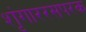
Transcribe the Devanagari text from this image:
शृंगाररसपरक